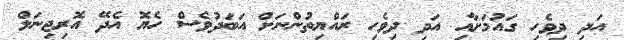
އަދި ދިވެހި ގައުމަށާއި އަދި ދިވެހި ރައްޔިތުންނަށް އަބަދުވެސް ހެޔޮ އެދޭ އޮރިޖިނަލް